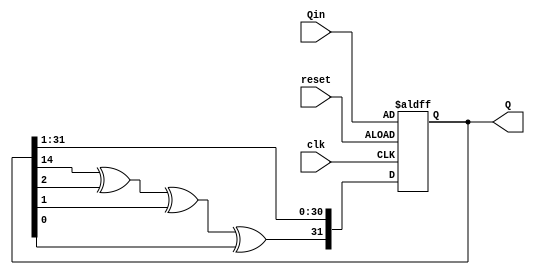
`timescale 1ns / 1ps
module lfsr_32bit(
    input clk,
    input reset,
    input [31:0] Qin,
    output reg [31:0] Q
    ); // variable to store the xored value of last three bits
  wire port;
  assign port = Q[14]^ Q[2] ^ Q[1] ^ Q[0];
  always @(posedge clk, posedge reset)
  begin
  if(reset)
    Q<=Qin;
  else 
    Q <= {port,Q[31:1]};
  end
    
endmodule